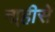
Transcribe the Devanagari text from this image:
ना्हीसे